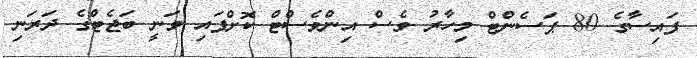
ފައިސާގެ 80 ޕަސެންޓް މިހާރު ވެސް އިންވެސްޓް ކޮށްފައި ވަނީ ބަޖެޓްގެ ދަރަނި